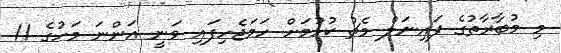
މި މުބާރާތުގެ ފައިނަލް މެޗު ކުޅުމަށް ހަމަޖެހިފައި ވަނީ އަންނަ މަހުގެ 11